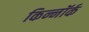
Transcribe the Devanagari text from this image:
किन्नॉर्क